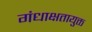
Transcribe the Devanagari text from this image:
गंधाक्षतायुक्त